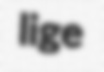
lige